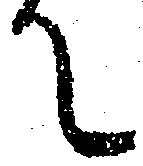
て